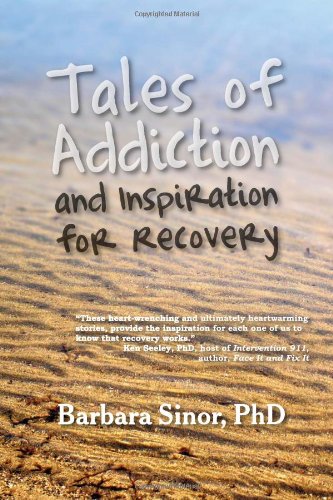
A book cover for Tales of Addiction and Inspiration for Recovery: Twenty True Stories from the Soul (Reflections of America); Barbara Sinor; Health, Fitness & Dieting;